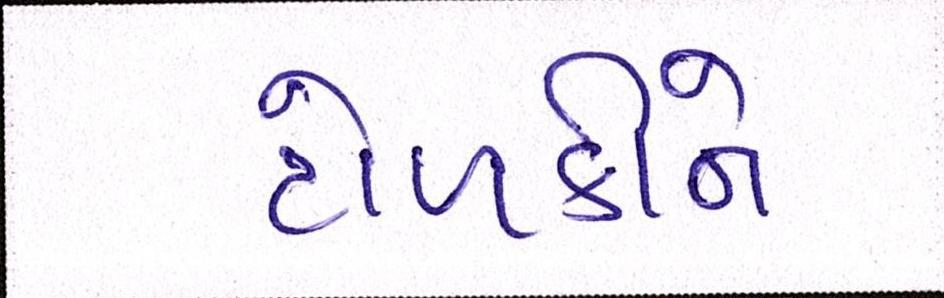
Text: ટોળકીને